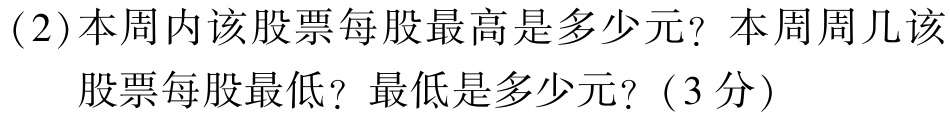
(2)本周内该股票每股最高是多少元？本周周几该

股票每股最低？最低是多少元？(3分)